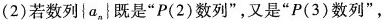
(2)若数列\{a_{n}\}既是”P(2)数列”，又是”P(3)数列”，